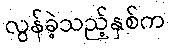
လွန်ခဲ့သည့်နှစ်က